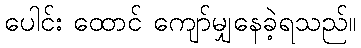
ပေါင်း ထောင် ကျော်မျှနေခဲ့ရသည်။